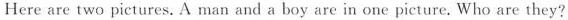
Here are two pictures. A man and a boy are in one picture. Who are they?